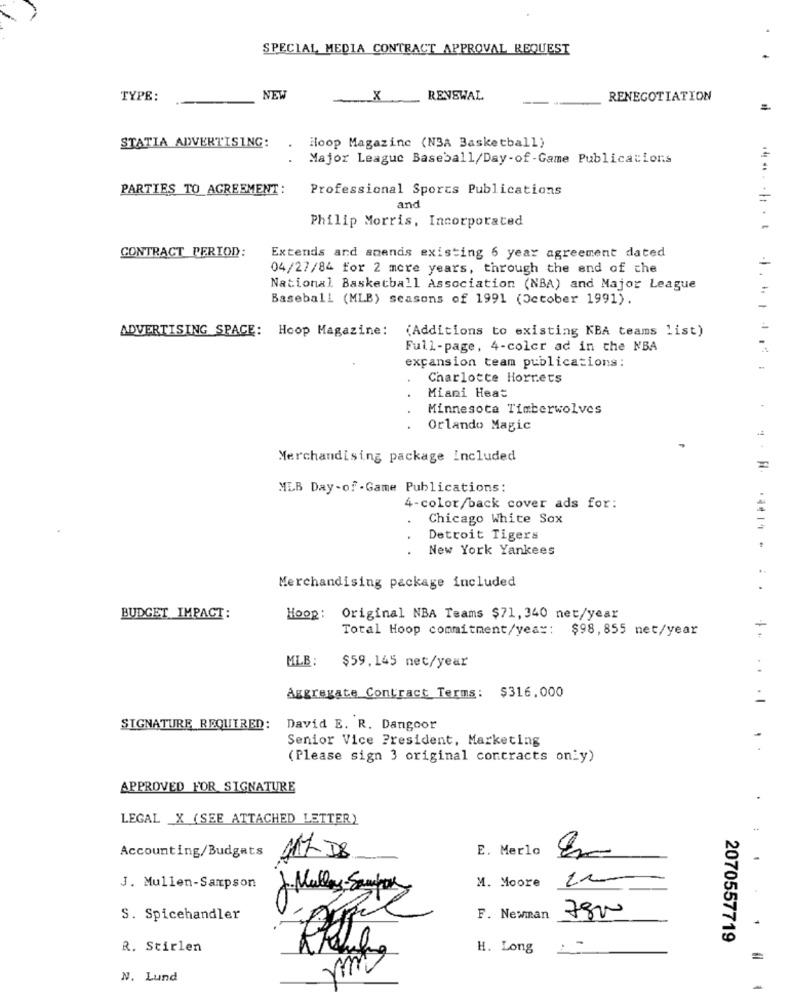
SPECIAL MEDIA CONTRACT APPROVAL REQUEST
TYPE:
NEW
X
RENEWAL
RENEGOTIATION
Hoop Magazine (NBA Basketball)
STATIA ADVERTISING:
Major League Baseball/Day-of-Game Publications
PARTIES TO AGREEMENT:
Professional Sports Publications
and
Philip Morris, Incorporated
CONTRACT PERIOD:
Extends and amends existing 6 year agreement dated
04/27/84 for 2 more years, through the end of the
National Basketball Association (NBA) and Major League
Baseball (MLB) seasons of 1991 (October 1991).
ADVERTISING SPACE: Hoop Magazine:
(Additions to existing KBA teams list)
Full-page, 4-color ad in the NBA
expansion team publications:
Charlotte Hornets
Miami Heat
Minnesota Timberwolves
Orlando Magic
Merchandising package included
MLB Day-of - Game Publications:
4-color/back cover ads for:
Chicago White Sox
Detroit Tigers
New York Yankees
Merchandising package included
BUDGET IMPACT:
HOOR:
Original NBA Teams $71, 340 net/year
Total Hoop commitment/yes :: $98,855 net/year
MLB :
$59.145 net/year
. .
Aggregate Contract Terms: $316,000
SIGNATURE REQUIRED:
David E. R. Dangoor
Senior Vice President, Marketing
(Please sign 3 original contracts only)
APPROVED FOR SIGNATURE
LEGAL X (SEE ATTACHED LETTER)
Accounting/Budgets
E. Merlo
117 DB
-
M. Moore 200
J. Mullen-Sampson
J. Mulley- Sampory
S. Spicehandler
F. Newman
7800
2070557719
R. Stirlen
H. Long
=
N. Lund